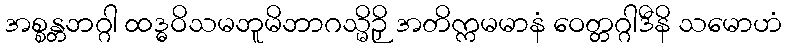
အစ္စန္တဘဂ္ဂါ ထဒ္ဓဝိသမဘူမိဘာဂသ္မိဉှိ အတိက္ကမမာနံ ဝေတ္တဂ္ဂါဒီနိ သမောဟံ